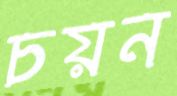
চয়ন